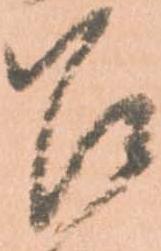
召